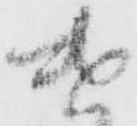
遣